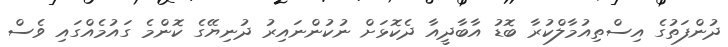
ދުންފަތުގެ އިސްތިއުމާލްކުރާ ބޮޑު އާބާދީއާ ދެކޮޅަށް ނުކުންނައިރު ދުނިޔޭގެ ކޮންމެ ގައުމެއްގައި ވެސް